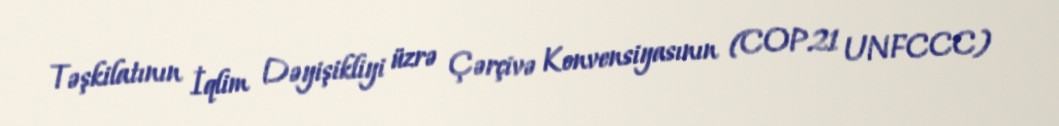
Təşkilatının İqlim Dəyişikliyi üzrə Çərçivə Konvensiyasının (COP21 UNFCCC)